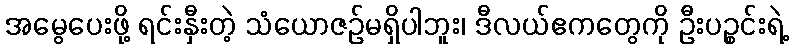
အမွေပေးဖို့ ရင်းနှီးတဲ့ သံယောဇဉ်မရှိပါဘူး၊ ဒီလယ်ဧကတွေကို ဦးပဉ္စင်းရဲ့